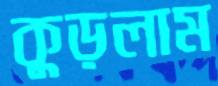
কুড়লাম